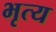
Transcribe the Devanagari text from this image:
भृत्‍य